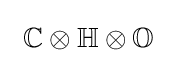
\ \mathbb {C} \otimes \mathbb {H} \otimes \mathbb {O} ~